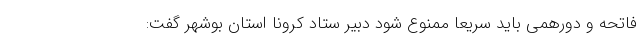
فاتحه و دورهمی باید سریعاً ممنوع شود دبیر ستاد کرونا استان بوشهر گفت: